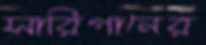
সারিগানের